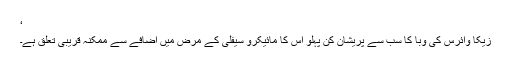
‘
زیکا وائرس کی وبا کا سب سے پریشان کن پہلو اس کا مائیکرو سیفلی کے مرض میں اضافے سے ممکنہ قریبی تعلق ہے۔